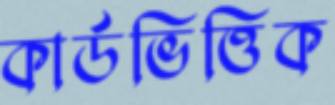
কার্ডভিত্তিক